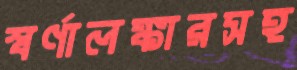
স্বর্ণালঙ্কারসহ